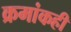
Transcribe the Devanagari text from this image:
क्रमांकही